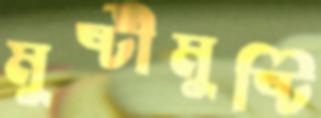
মুষ্টীমুষ্টি